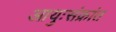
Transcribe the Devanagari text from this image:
आयुःसंक्रांत